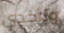
وتأكدي